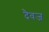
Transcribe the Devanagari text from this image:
दैवज